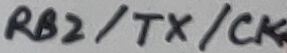
Text: RB2/TX/CK